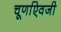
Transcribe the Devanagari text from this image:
चूर्णाऐवजी